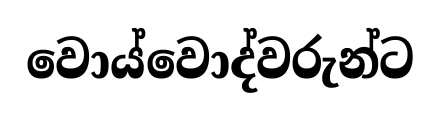
වොය්වොද්වරුන්ට